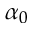
\alpha _ { 0 }